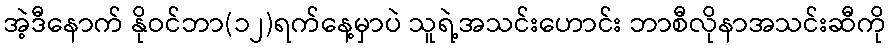
အဲ့ဒီနောက် နိုဝင်ဘာ(၁၂)ရက်နေ့မှာပဲ သူရဲ့အသင်းဟောင်း ဘာစီလိုနာအသင်းဆီကို